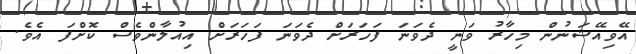
އޭވިއޭޝަނުން މިހާރު ވަނީ ދެވަަނަ ފަހަރަށް ދެވަަނަ ފަހަރަށް އިއުލާންވެސް ކޮށްފަ އެވެ.